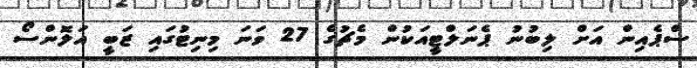
ސްޕެއިން އަށް ލިބުނު ޕެނަލްޓީއަކުން މެޗުގެ 27 ވަނަ މިނިޓުގައި ޒަބީ އަލޮންސޯ